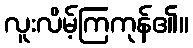
လူးလိမ့်ကြကုန်၏။